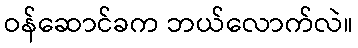
ဝန်ဆောင်ခက ဘယ်လောက်လဲ။